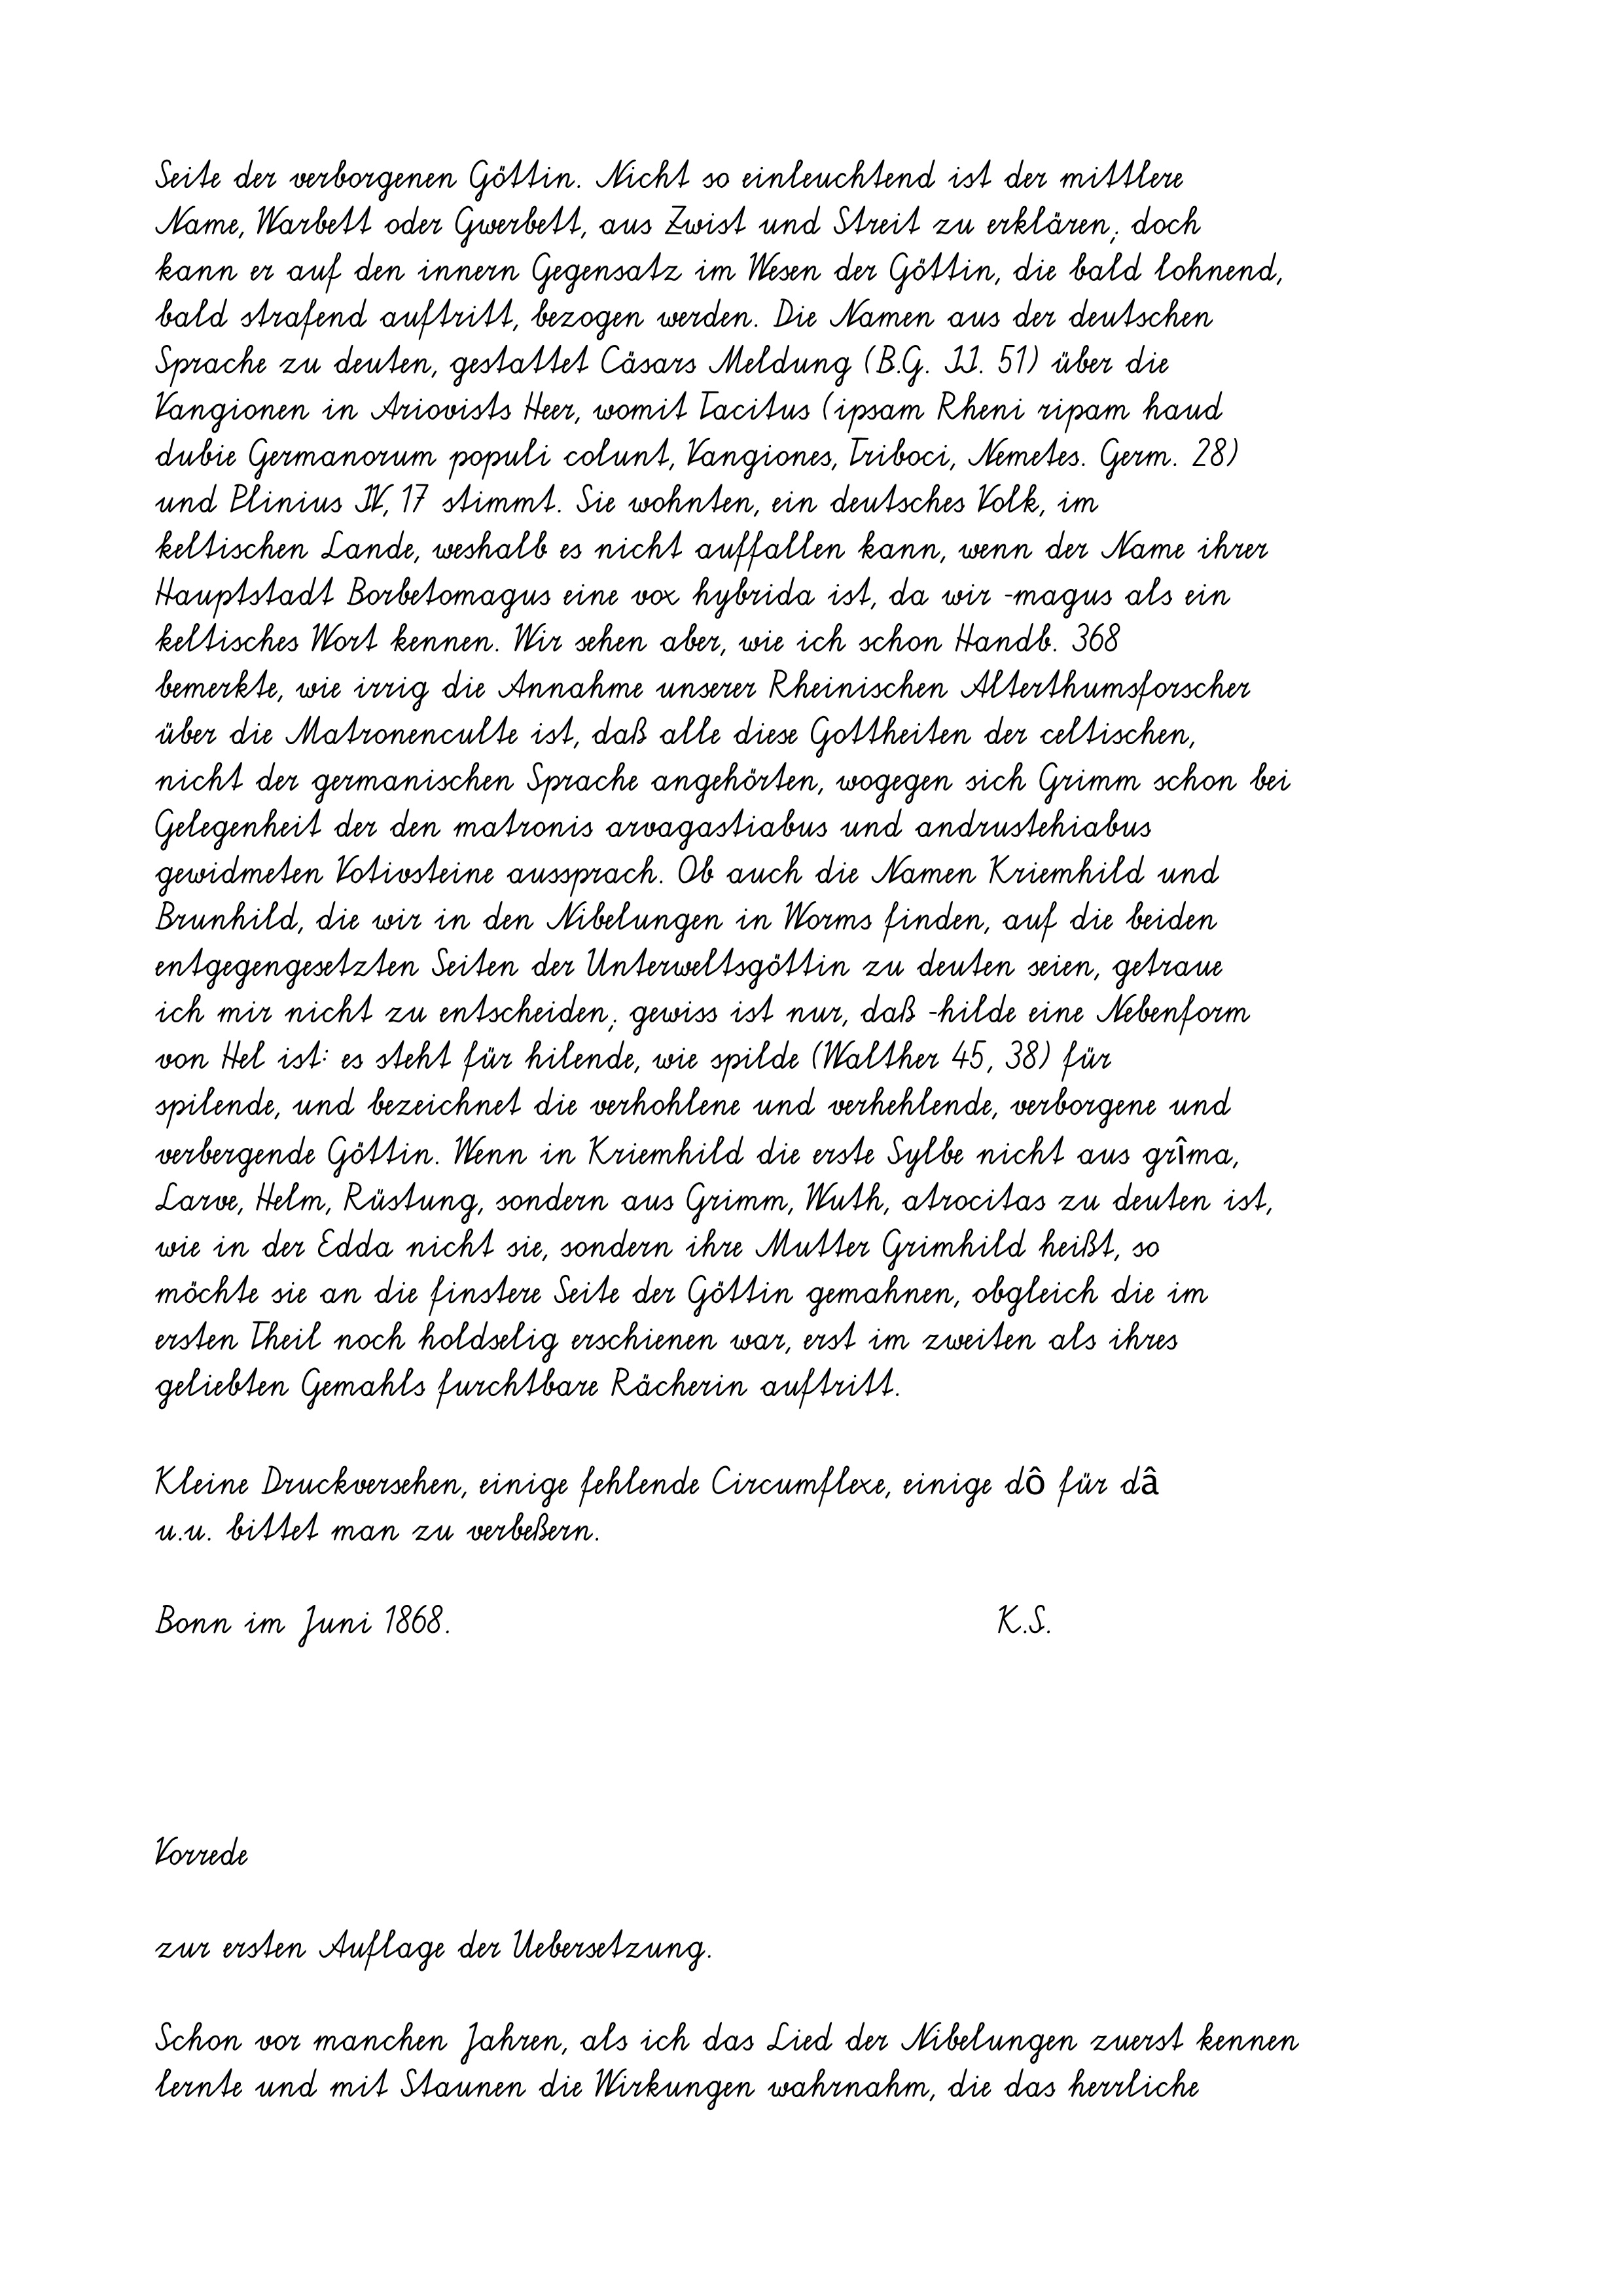
Seite der verborgenen Göttin. Nicht so einleuchtend ist der mittlere
Name, Warbett oder Gwerbett, aus Zwist und Streit zu erklären; doch
kann er auf den innern Gegensatz im Wesen der Göttin, die bald lohnend,
bald strafend auftritt, bezogen werden. Die Namen aus der deutschen
Sprache zu deuten, gestattet Cäsars Meldung (B.G. II. 51) über die
Vangionen in Ariovists Heer, womit Tacitus (ipsam Rheni ripam haud
dubie Germanorum populi colunt, Vangiones, Triboci, Nemetes. Germ. 28)
und Plinius IV, 17 stimmt. Sie wohnten, ein deutsches Volk, im
keltischen Lande, weshalb es nicht auffallen kann, wenn der Name ihrer
Hauptstadt Borbetomagus eine vox hybrida ist, da wir -magus als ein
keltisches Wort kennen. Wir sehen aber, wie ich schon Handb. 368
bemerkte, wie irrig die Annahme unserer Rheinischen Alterthumsforscher
über die Matronenculte ist, daß alle diese Gottheiten der celtischen,
nicht der germanischen Sprache angehörten, wogegen sich Grimm schon bei
Gelegenheit der den matronis arvagastiabus und andrustehiabus
gewidmeten Votivsteine aussprach. Ob auch die Namen Kriemhild und
Brunhild, die wir in den Nibelungen in Worms finden, auf die beiden
entgegengesetzten Seiten der Unterweltsgöttin zu deuten seien, getraue
ich mir nicht zu entscheiden; gewiss ist nur, daß -hilde eine Nebenform
von Hel ist: es steht für hilende, wie spilde (Walther 45, 38) für
spilende, und bezeichnet die verhohlene und verhehlende, verborgene und
verbergende Göttin. Wenn in Kriemhild die erste Sylbe nicht aus grîma,
Larve, Helm, Rüstung, sondern aus Grimm, Wuth, atrocitas zu deuten ist,
wie in der Edda nicht sie, sondern ihre Mutter Grimhild heißt, so
möchte sie an die finstere Seite der Göttin gemahnen, obgleich die im
ersten Theil noch holdselig erschienen war, erst im zweiten als ihres
geliebten Gemahls furchtbare Rächerin auftritt.
Kleine Druckversehen, einige fehlende Circumflexe, einige dô für dâ
u.u. bittet man zu verbeßern.
K.S.
Bonn im Juni 1868.
Vorrede
zur ersten Auflage der Uebersetzung.
Schon vor manchen Jahren, als ich das Lied der Nibelungen zuerst kennen
lernte und mit Staunen die Wirkungen wahrnahm, die das herrliche